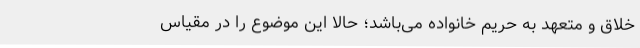
خلاق و متعهد به حریم خانواده می‌باشد؛ حالا این موضوع را در مقیاس